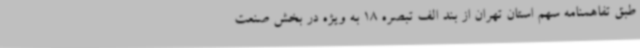
طبق تفاهمنامه سهم استان تهران از بند الف تبصره 18 به ویژه در بخش صنعت